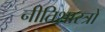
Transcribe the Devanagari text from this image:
नीतिशास्त्रों